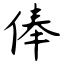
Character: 俸